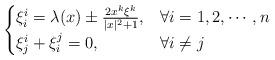
LaTeX: \begin{align*} \begin{cases} \xi^i_i=\lambda(x)\pm\frac{2x^k\xi^k}{|x|^2+1}, & \forall i=1,2,\cdots,n\\ \xi^i_j+\xi^j_i=0, & \forall i\not=j \end{cases} \end{align*}